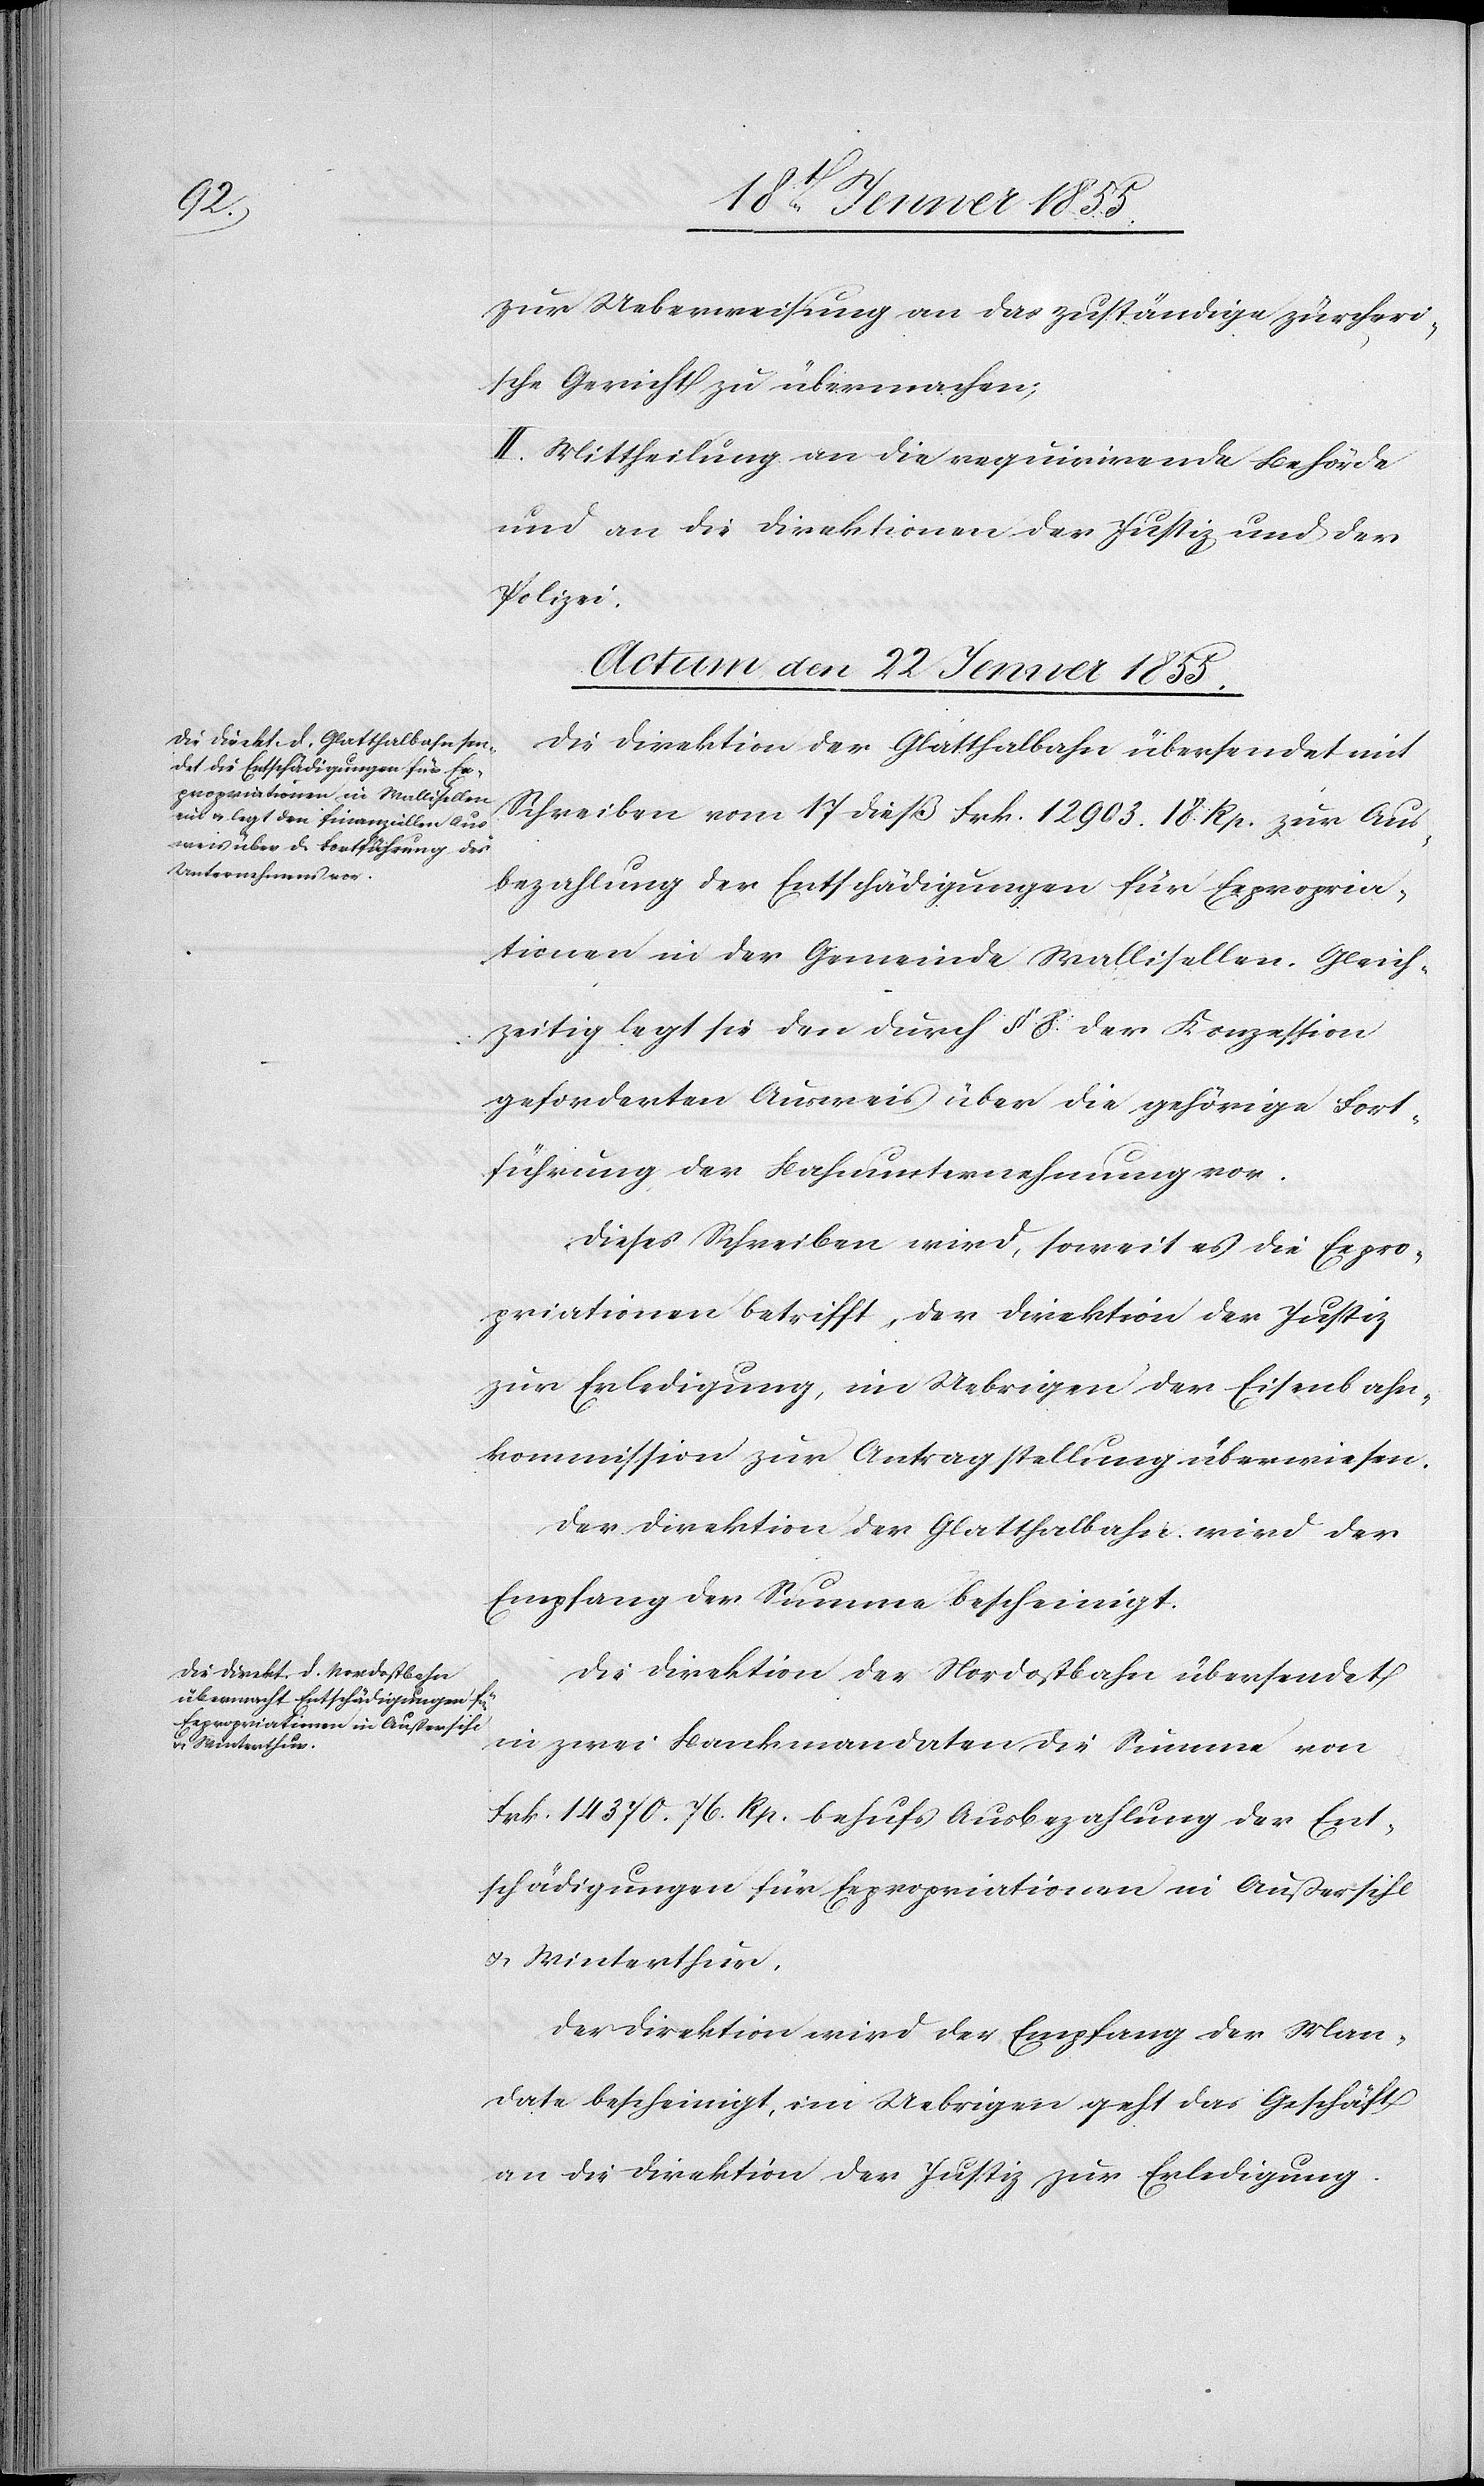
zur Ueberweisung an das zuständige zürcheri¬
sche Gericht zu übermachen;
II. Mittheilung an die requirirende Behörde
und an die Direktionen der Justiz und der
Polizei.
Actum den 22 Jenner 1855.]
Die Direktion der Glatthalbahn übersendet mit
Schreiben vom 17 dieß Frk. 12 903. 18 Rp. zur Aus¬
bezahlung der Entschädigungen für Expropria¬
tionen in der Gemeinde Wallisellen. Gleich¬
zeitig legt sie den durch § 8. der Konzession
geforderten Ausweis über die gehörige Fort¬
führung der Bahnunternehmung vor.
Dieses Schreiben wird, soweit es die Expro¬
priationen betrifft, der Direktion der Justiz
zur Erledigung, im Uebrigen der Eisenbahn¬
kommission zur Antragstellung überwiesen.
Der Direktion der Glatthalbahn wird der
Empfang der Summe bescheinigt.
Die Direktion der Nordostbahn übersendet
in zwei Bankmandaten die Summe von
Frk. 14 370. 76. Rp. behufs Ausbezahlung der Ent¬
schädigungen für Expropriationen in Außersihl
& Winterthur.
Der Direktion wird der Empfang der Man¬
date bescheinigt, im Uebrigen geht das Geschäft
an die Direktion der Justiz zur Erledigung.